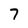
Character: 7